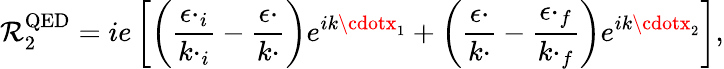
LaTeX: {\cal\mathcal{R}}_{2}^{\mathrm{{QED}}}=ie\left[\left(\frac{{\epsilon\cdotp_{i}}}{{k\cdotp_{i}}}-\frac{{\epsilon\cdotp}}{{k\cdotp}}\right)e^{ik\cdotx_{1}}+\left(\frac{{\epsilon\cdotp}}{{k\cdotp}}-\frac{{\epsilon\cdotp_{f}}}{{k\cdotp_{f}}}\right)e^{ik\cdotx_{2}}\right],